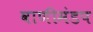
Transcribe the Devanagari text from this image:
वाणीमंडप